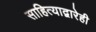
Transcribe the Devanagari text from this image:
साहित्याद्वारेही